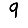
Digit: 9